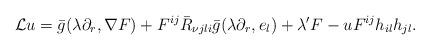
LaTeX: \begin{align*}\mathcal{L}u=\bar{g}(\lambda\partial_{r},\nabla F)+F^{ij}\bar{R}_{\nu jli}\bar{g}(\lambda\partial_{r},e_{l})+\lambda'F-uF^{ij}h_{il}h_{jl}.\end{align*}